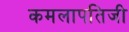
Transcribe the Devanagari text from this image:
कमलापतिजी